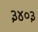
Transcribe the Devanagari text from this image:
३४०३